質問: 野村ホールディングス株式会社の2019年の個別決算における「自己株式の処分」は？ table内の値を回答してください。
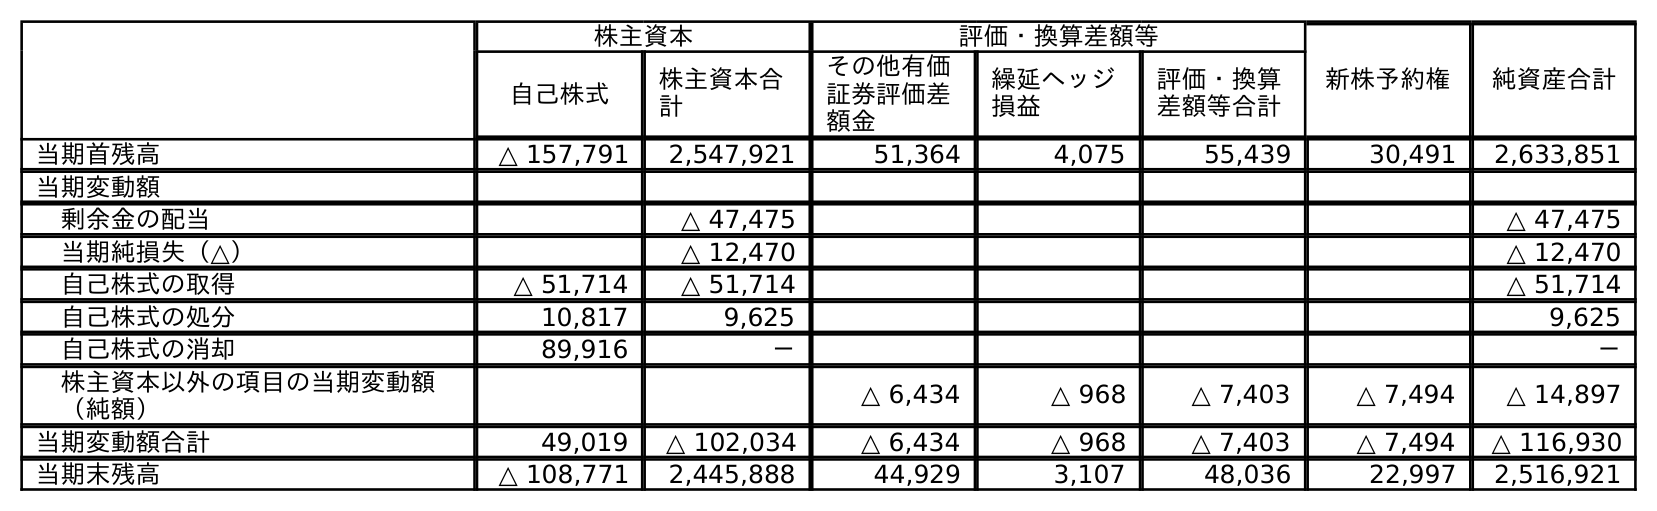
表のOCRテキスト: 株主資本 評価・換算差額等 新株予約権 純資産合計 自己株式 株主資本合 計 その他有価 証券評価差 額金 繰延ヘッジ 損益 評価・換算 差額等合計 当期首残高 △ 157,791 2,547,921 51,364 4,075 55,439 30,491 2,633,851 当期変動額 剰余金の配当 △ 47,475 △ 47,475 当期純損失（△） △ 12,470 △ 12,470 自己株式の取得 △ 51,714 △ 51,714 △ 51,714 自己株式の処分 10,817 9,625 9,625 自己株式の消却 89,916 － － 株主資本以外の項目の当期変動額 （純額） △ 6,434 △ 968 △ 7,403 △ 7,494 △ 14,897 当期変動額合計 49,019 △ 102,034 △ 6,434 △ 968 △ 7,403 △ 7,494 △ 116,930 当期末残高 △ 108,771 2,445,888 44,929 3,107 48,036 22,997 2,516,921
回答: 9,625